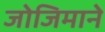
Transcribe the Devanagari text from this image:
जोजिमाने